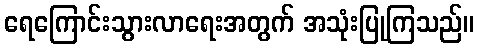
ရေကြောင်းသွားလာရေးအတွက် အသုံးပြုကြသည်။